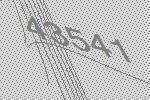
43541